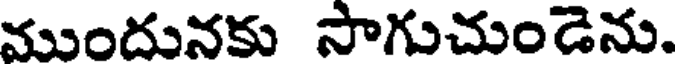
ముందునకు సాగుచుండెను.